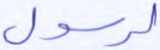
لرسول